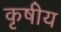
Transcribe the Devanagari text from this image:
कृषीय